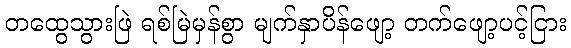
တထွေသွားဖြဲ ရစ်မြဲမှန်စွာ မျက်နှာပိန်ဖျော့ တက်ဖျော့ပင့်ငြား